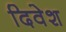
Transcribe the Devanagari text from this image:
दिवेश